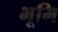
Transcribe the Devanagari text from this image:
भूमि